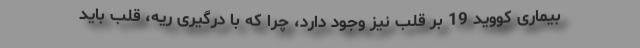
بیماری کووید 19 بر قلب نیز وجود دارد، چرا که با درگیری ریه، قلب باید